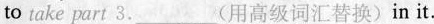
to take part 3.___用高级词汇替换)in it.